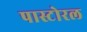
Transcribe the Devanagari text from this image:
पास्टोरल